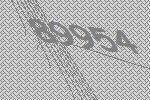
89954